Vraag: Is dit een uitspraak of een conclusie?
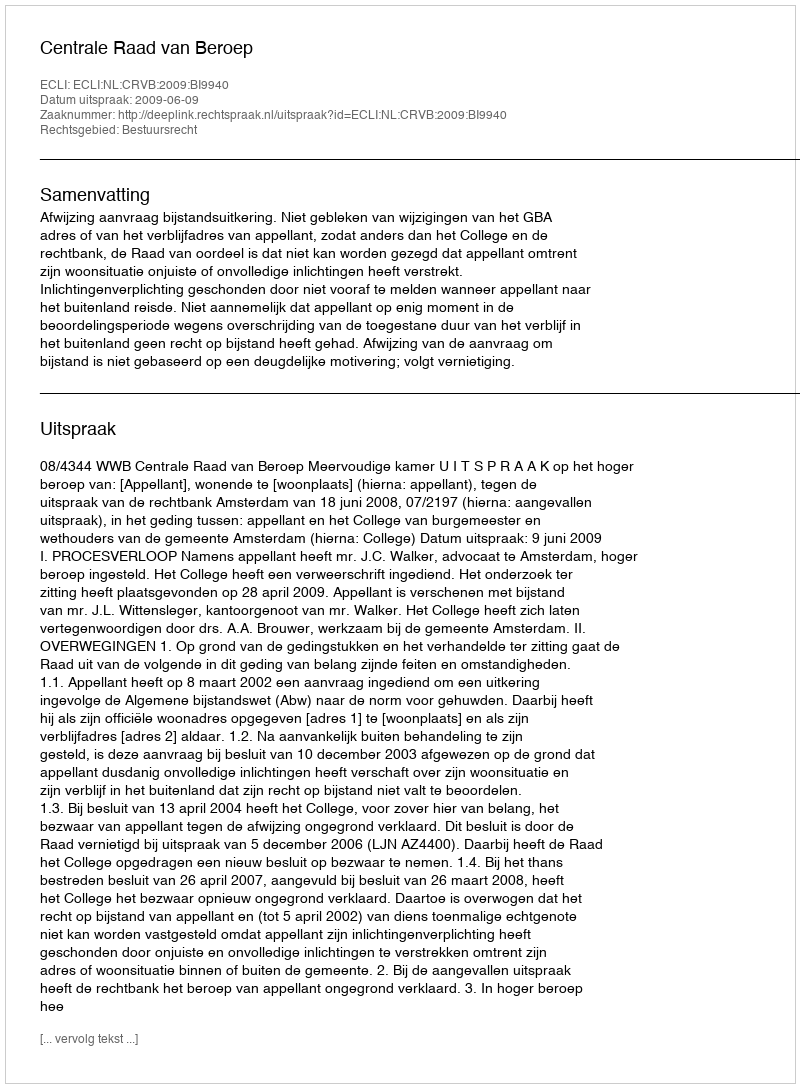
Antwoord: Uitspraak